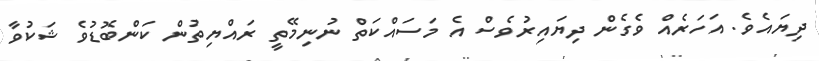
ދިޔައެވެ. އަހަރެއް ވެގެން ދިޔައިރުވެސް އެ މަސައްކަތް ނުނިމޭތީ ރައްޔިތުން ކަންބޮޑުވެ ޝަކުވާ